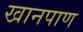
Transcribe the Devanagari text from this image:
खानपाण